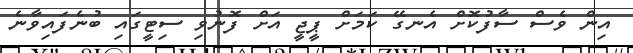
އިން ވެސް ސާފުކޮށް އެނގޭ ކަމަށް ޕީޖީ އަށް ފޮނުވި ސިޓީގައި ބުނެފައިވާނެ